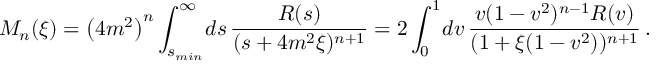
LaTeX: { \cal M } _ { n } ( \xi ) = \left( 4 m ^ { 2 } \right) ^ { n } \int _ { s _ { m i n } } ^ { \infty } \! d s \, \frac { R ( s ) } { ( s + 4 m ^ { 2 } \xi ) ^ { n + 1 } } = 2 \int _ { 0 } ^ { 1 } \! d v \, \frac { v ( 1 - v ^ { 2 } ) ^ { n - 1 } R ( v ) } { ( 1 + \xi ( 1 - v ^ { 2 } ) ) ^ { n + 1 } } \, .